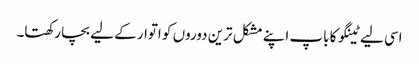
اسی لیے ٹینگو کا باپ اپنے مشکل ترین دوروں کو اتوار کے لیے بچا رکھتا۔